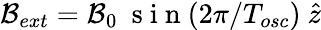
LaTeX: \mathcal{B}_{ext}=\mathcal{B}_{0}~\mathrm{~s~i~n~}(2\pi/T_{osc})~\hat{z}